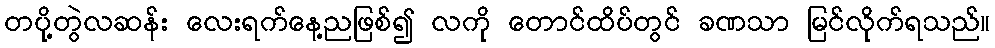
တပို့တွဲလဆန်း လေးရက်နေ့ညဖြစ်၍ လကို တောင်ထိပ်တွင် ခဏသာ မြင်လိုက်ရသည်။